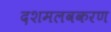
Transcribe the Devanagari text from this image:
दशमलवकरण